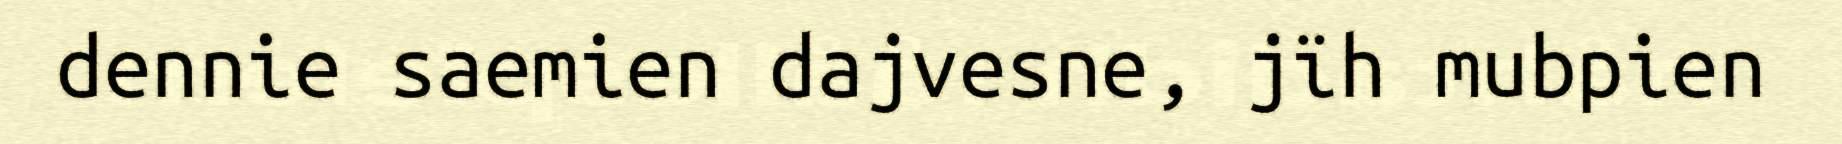
dennie saemien dajvesne, jïh mubpien